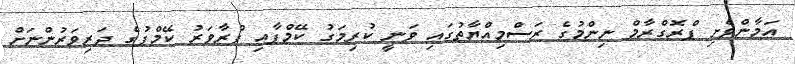
އަމާންވެށި ޕްރޮގްރާމް ނިންމުގެ ރަސްމިއްޔާތުގައި ވަނީ ކުރިމަގު ކޭމްޕާއި ފުރާވަރު ކޭމްޕުގެ ދަރިވަރުންނަށް